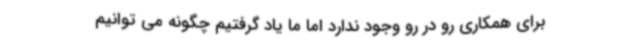
برای همکاری رو در رو وجود ندارد اما ما یاد گرفتیم چگونه می توانیم